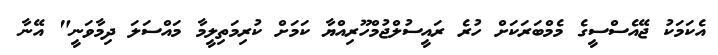
އެކަމަކު ޖޭއެސްސީގެ މެމްބަރަކަށް ހުރެ ރައީސުލްޖުމްހޫރިއްޔާ ކަމަށް ކުރިމަތިލީމާ މައްސަލަ ދިމާވަނީ" އޭނާ